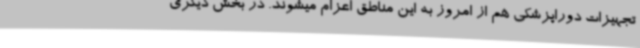
تجهیزات دوراپزشکی هم از امروز به این مناطق اعزام میشوند. در بخش دیگری